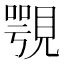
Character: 覨